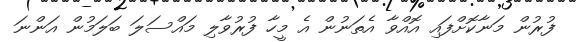
ފުރުން މަނާކޮށްފައި އޮއްވާ އެތަނުން އެ މީހާ ފުރުވާލި މައްސަލަ ބަލަމުން އަންނަ